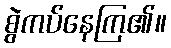
စွဲကပ်နေကြ၏။